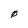
Character: 0